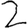
Digit: 2